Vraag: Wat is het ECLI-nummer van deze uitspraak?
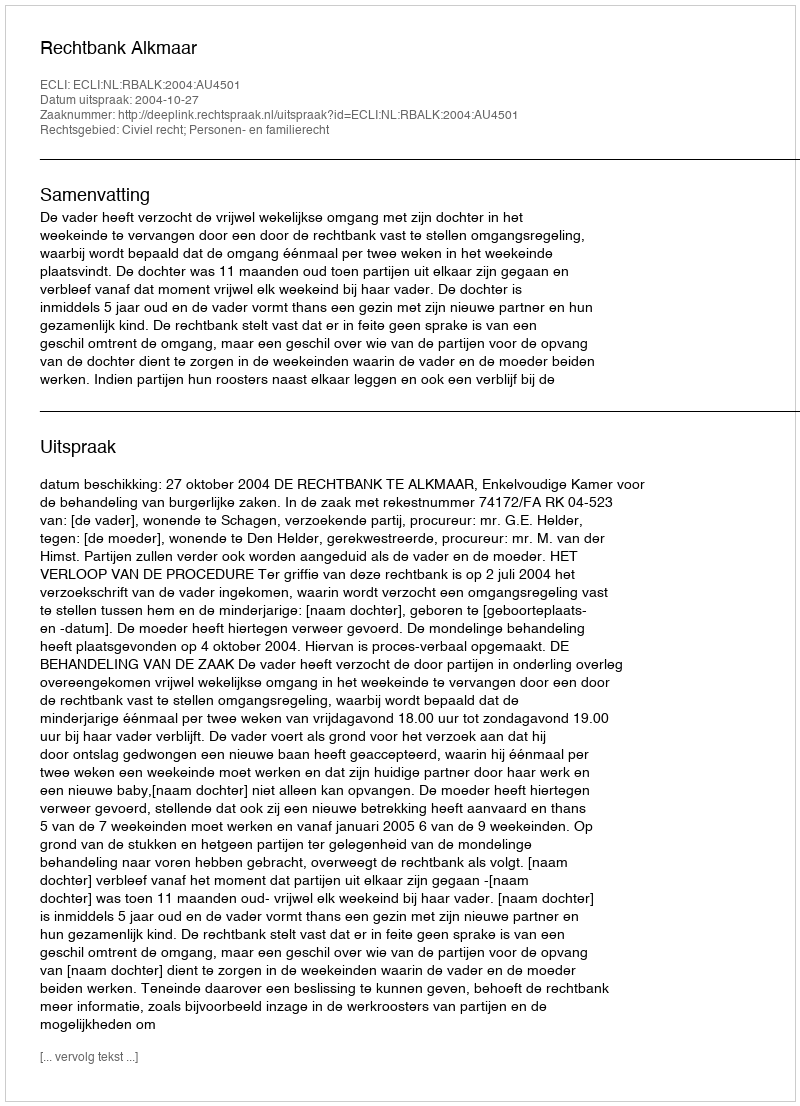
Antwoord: ECLI:NL:RBALK:2004:AU4501